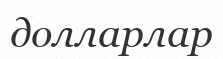
долларлар